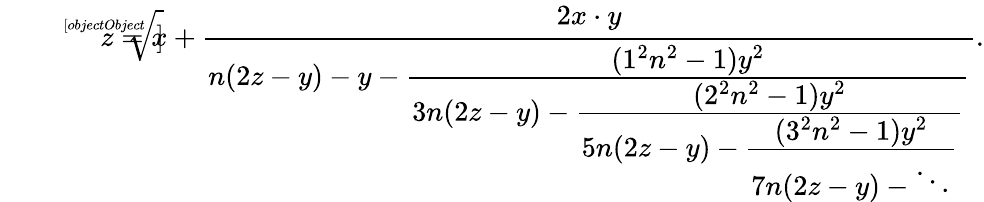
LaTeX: {\sqrt[[objectObject]]{z}}=x+{\cfrac{2x\cdot y}{n(2z-y)-y-{\cfrac{(1^{2}n^{2}-1)y^{2}}{3n(2z-y)-{\cfrac{(2^{2}n^{2}-1)y^{2}}{5n(2z-y)-{\cfrac{(3^{2}n^{2}-1)y^{2}}{7n(2z-y)-\ddots}}}}}}}}.